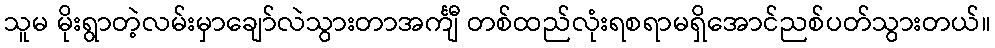
သူမ မိုးရွာတဲ့လမ်းမှာချော်လဲသွားတာအင်္ကျီ တစ်ထည်လုံးရစရာမရှိအောင်ညစ်ပတ်သွားတယ်။